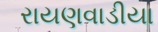
રાયણવાડીયા